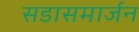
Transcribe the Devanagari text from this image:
सडासमार्जन